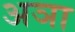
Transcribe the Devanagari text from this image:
अञा